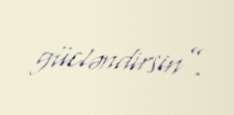
gücləndirsin”.